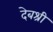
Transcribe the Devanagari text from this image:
देबश्री